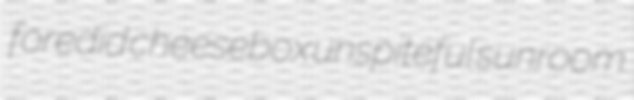
foredid cheesebox unspiteful sunroom